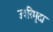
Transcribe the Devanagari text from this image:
उपरिमृदा